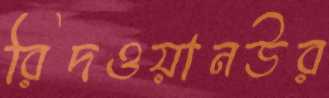
রিদওয়ানউর